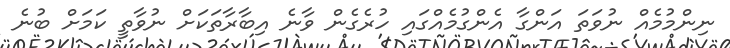
ނިންމުމެއް ނުވަތަ އަންގާ އެންގުމެއްގައި ހުރެގެން ވާނެ އިބާރާތަކަށް ނުވާތީ ކަމަށް ބުނެ